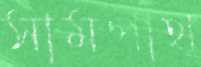
সামপাথ